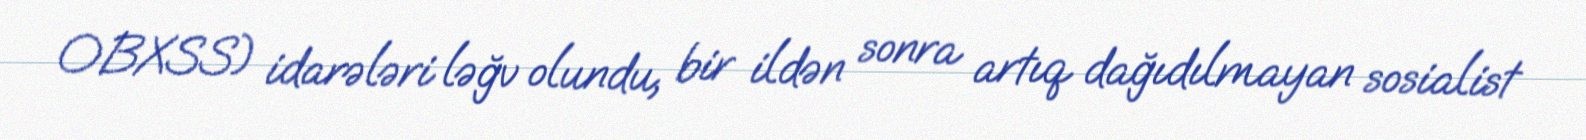
OBXSS) idarələri ləğv olundu, bir ildən sonra artıq dağıdılmayan sosialist